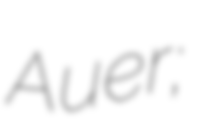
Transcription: Auer;